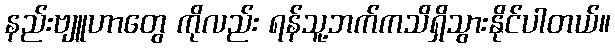
နည်းဗျူဟာတွေ ကိုလည်း ရန်သူ့ဘက်ကသိရှိသွားနိုင်ပါတယ်။